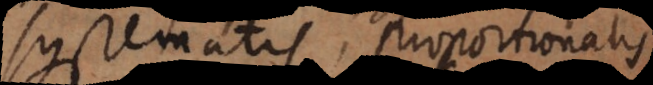
systematis, proportionalis,